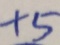
+ 5